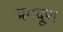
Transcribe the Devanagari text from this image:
प्रमदूरा